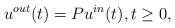
LaTeX: \begin{align*}u^{out}(t)=Pu^{in}(t),t\ge 0,\end{align*}